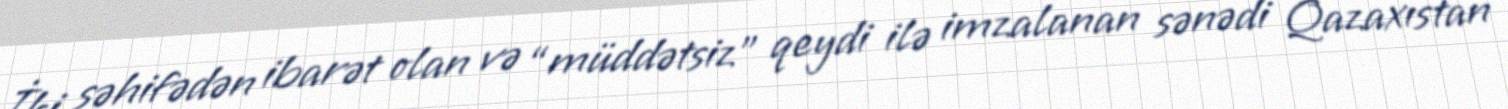
İki səhifədən ibarət olan və “müddətsiz” qeydi ilə imzalanan sənədi Qazaxıstan